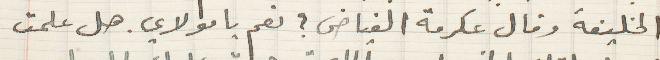
الخليفةوقال عكرمة الفياض؟ نعم يا مولاي. هل علمت